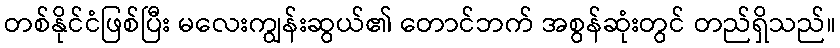
တစ်နိုင်ငံဖြစ်ပြီး မလေးကျွန်းဆွယ်၏ တောင်ဘက် အစွန်ဆုံးတွင် တည်ရှိသည်။